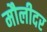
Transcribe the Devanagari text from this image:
मौलीदर